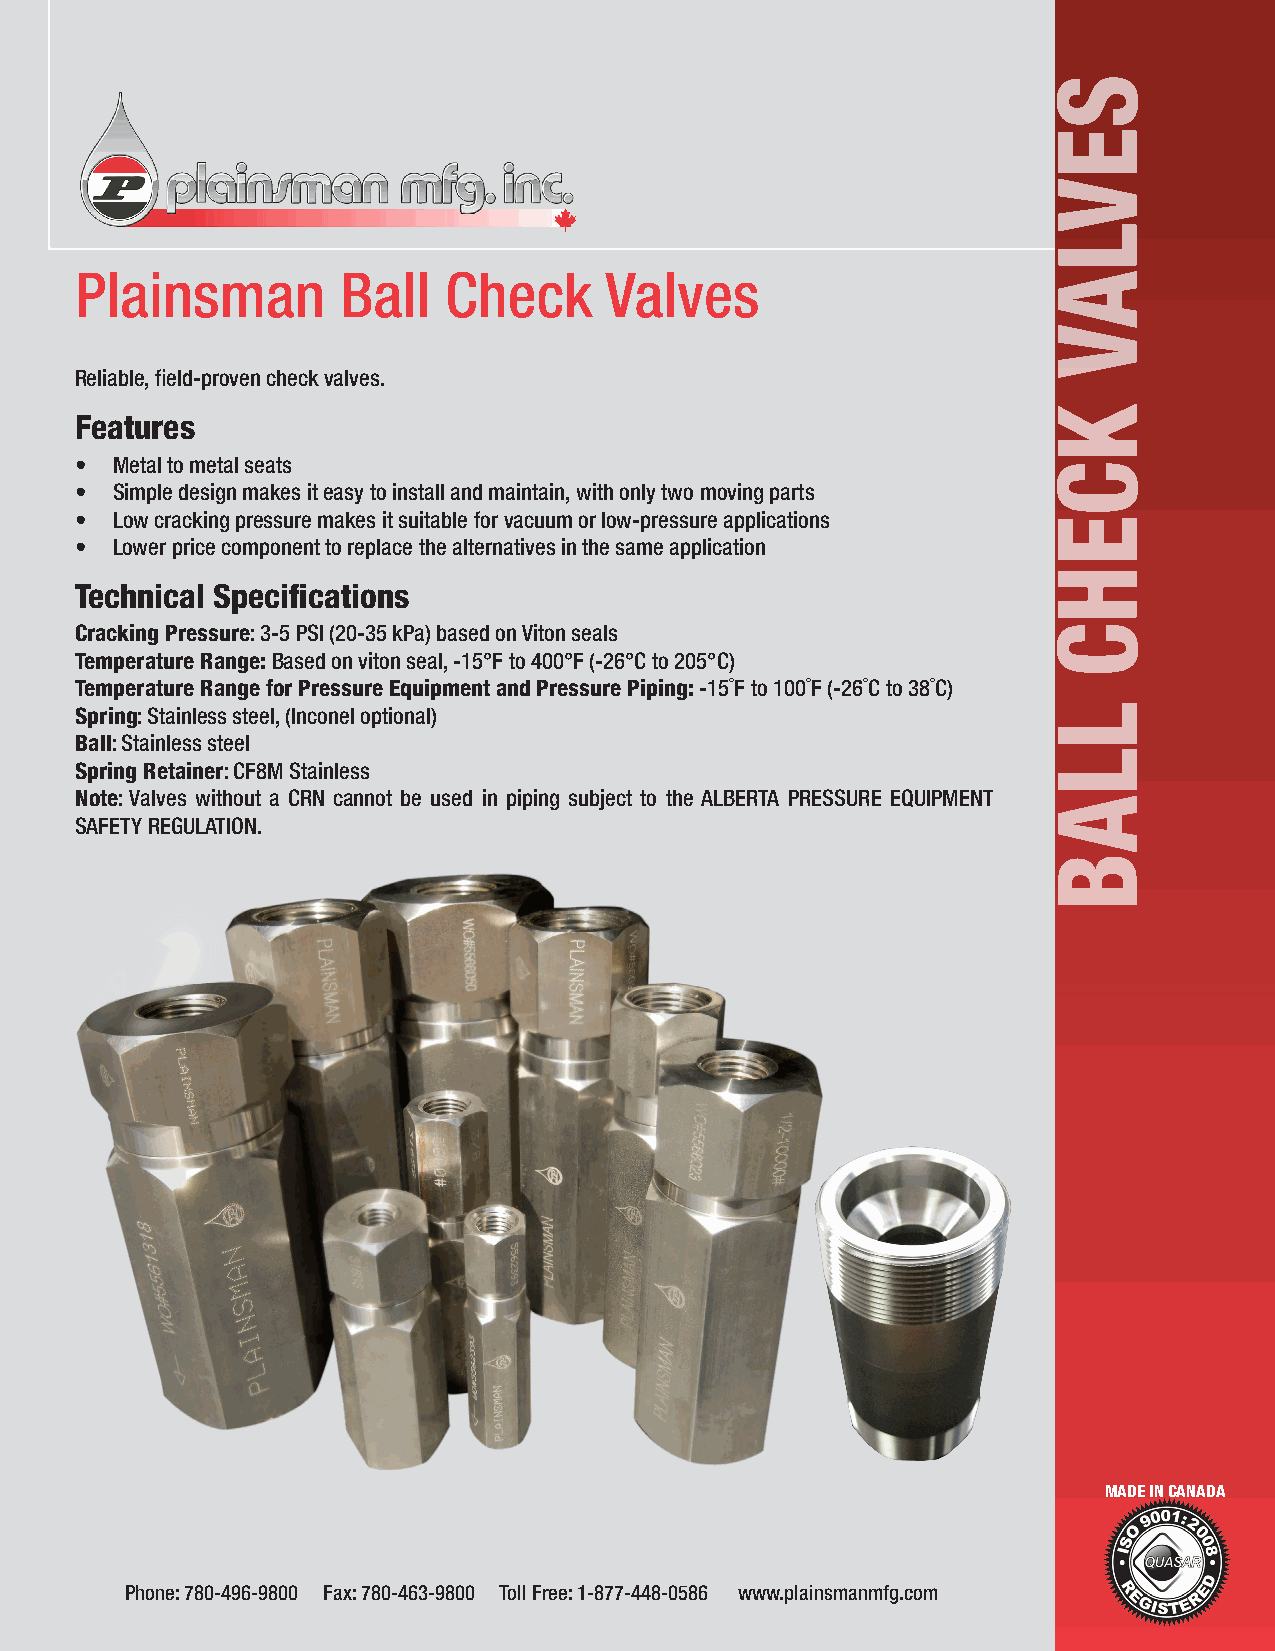
Plainsman         Ball  Check      Valves
 Reliable, field-proven check valves.
 Features
 • Metal to metal seats
 • Simple design makes it easy to install and maintain, with only two moving parts
 • Low cracking pressure makes it suitable for vacuum or low-pressure applications
 • Lower price component to replace the alternatives in the same application
 Technical Specifications
 Cracking Pressure: 3-5 PSI (20-35 kPa) based on Viton seals
 Temperature Range: Based on viton seal, -15°F to 400°F (-26°C to 205°C)
 Temperature Range for Pressure Equipment and Pressure Piping: -15˚F to 100˚F (-26˚C to 38˚C)
 Spring: Stainless steel, (Inconel optional)
 Ball: Stainless steel
 Spring Retainer: CF8M Stainless
 Note: Valves without a CRN cannot be used in piping subject to the ALBERTA PRESSURE EQUIPMENT
 SAFETY REGULATION.
 MADE IN CANADA
 Phone: 780-496-9800 Fax: 780-463-9800 Toll Free: 1-877-448-0586 www.plainsmanmfg.com
 SEVLAV
 KCEHC
 LLAB